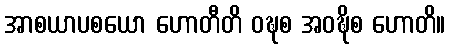
အာစယာပစယော ဟောတီတိ ဝဍ္ဎစ အဝဍ္ဎိစ ဟောတိ။